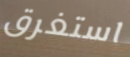
استغرق